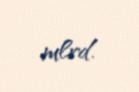
mlrd.